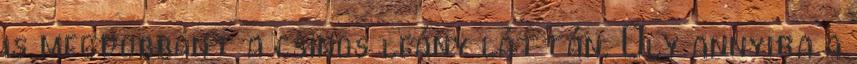
is megdobbant a csinos leány láttán. Oly annyira a